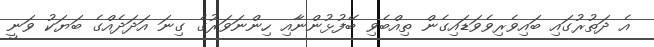
އެ ދަތުރުގައި ބައިވެރިވެވަޑައިގެން ތިއްބެވި ބޭފުޅުންނާއި ހިންނަވަރުގެ ގިނަ އަދަދެއްގެ ބަޔަކު ވަނީ